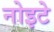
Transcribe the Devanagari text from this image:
नोइटे